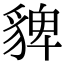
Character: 貏